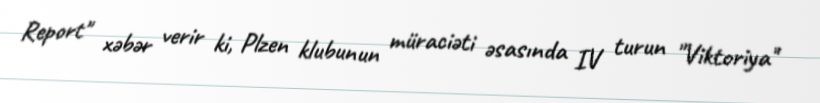
Report" xəbər verir ki, Plzen klubunun müraciəti əsasında IV turun "Viktoriya"